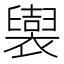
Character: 𧞜